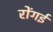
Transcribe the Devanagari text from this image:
रोंगई